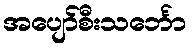
အပျော်စီးသင်္ဘော